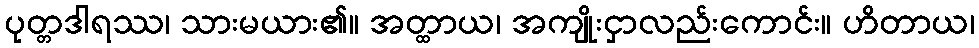
ပုတ္တဒါရဿ၊ သားမယား၏။ အတ္ထာယ၊ အကျိုးငှာလည်းကောင်း။ ဟိတာယ၊